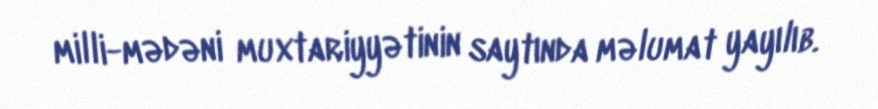
milli-mədəni muxtariyyətinin saytında məlumat yayılıb.